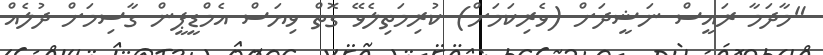
"މާދަމާ ރައީސް ނަޝީދަށް (ވެރިކަމަށް) ކުރިމަތިލެވޭ ގޮތް ވިޔަސް އެމްޑީޕީން ގާސިމަށް ދުލެއް